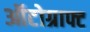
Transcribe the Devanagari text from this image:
ऑटोग्राफ्ट